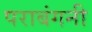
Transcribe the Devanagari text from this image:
पराबंगनी